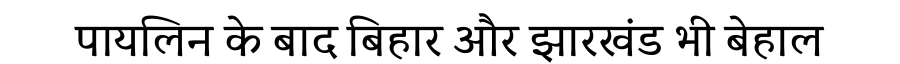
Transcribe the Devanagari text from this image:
पायलिन के बाद बिहार और झारखंड भी बेहाल